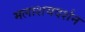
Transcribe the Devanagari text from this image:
मलाशयदर्शन